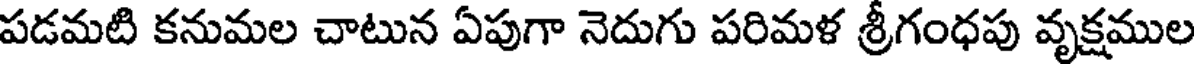
పడమటి కనుమల చాటున ఏపుగా నెదుగు పరిమళ శ్రీగంధపు వృక్షముల